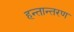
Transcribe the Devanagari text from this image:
हन्तान्तरण